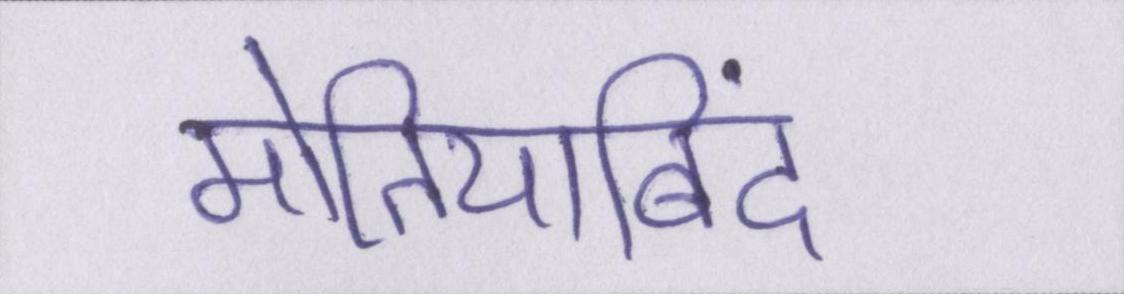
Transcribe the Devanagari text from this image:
मोतियाबिंद